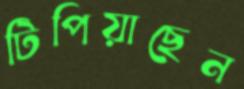
টিপিয়াছেন